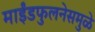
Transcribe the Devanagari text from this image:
माईंडफुलनेसमुळे